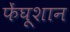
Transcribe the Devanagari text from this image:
फेंघूशान